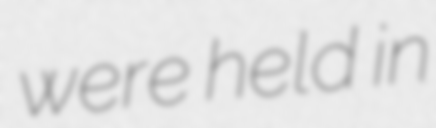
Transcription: were held in